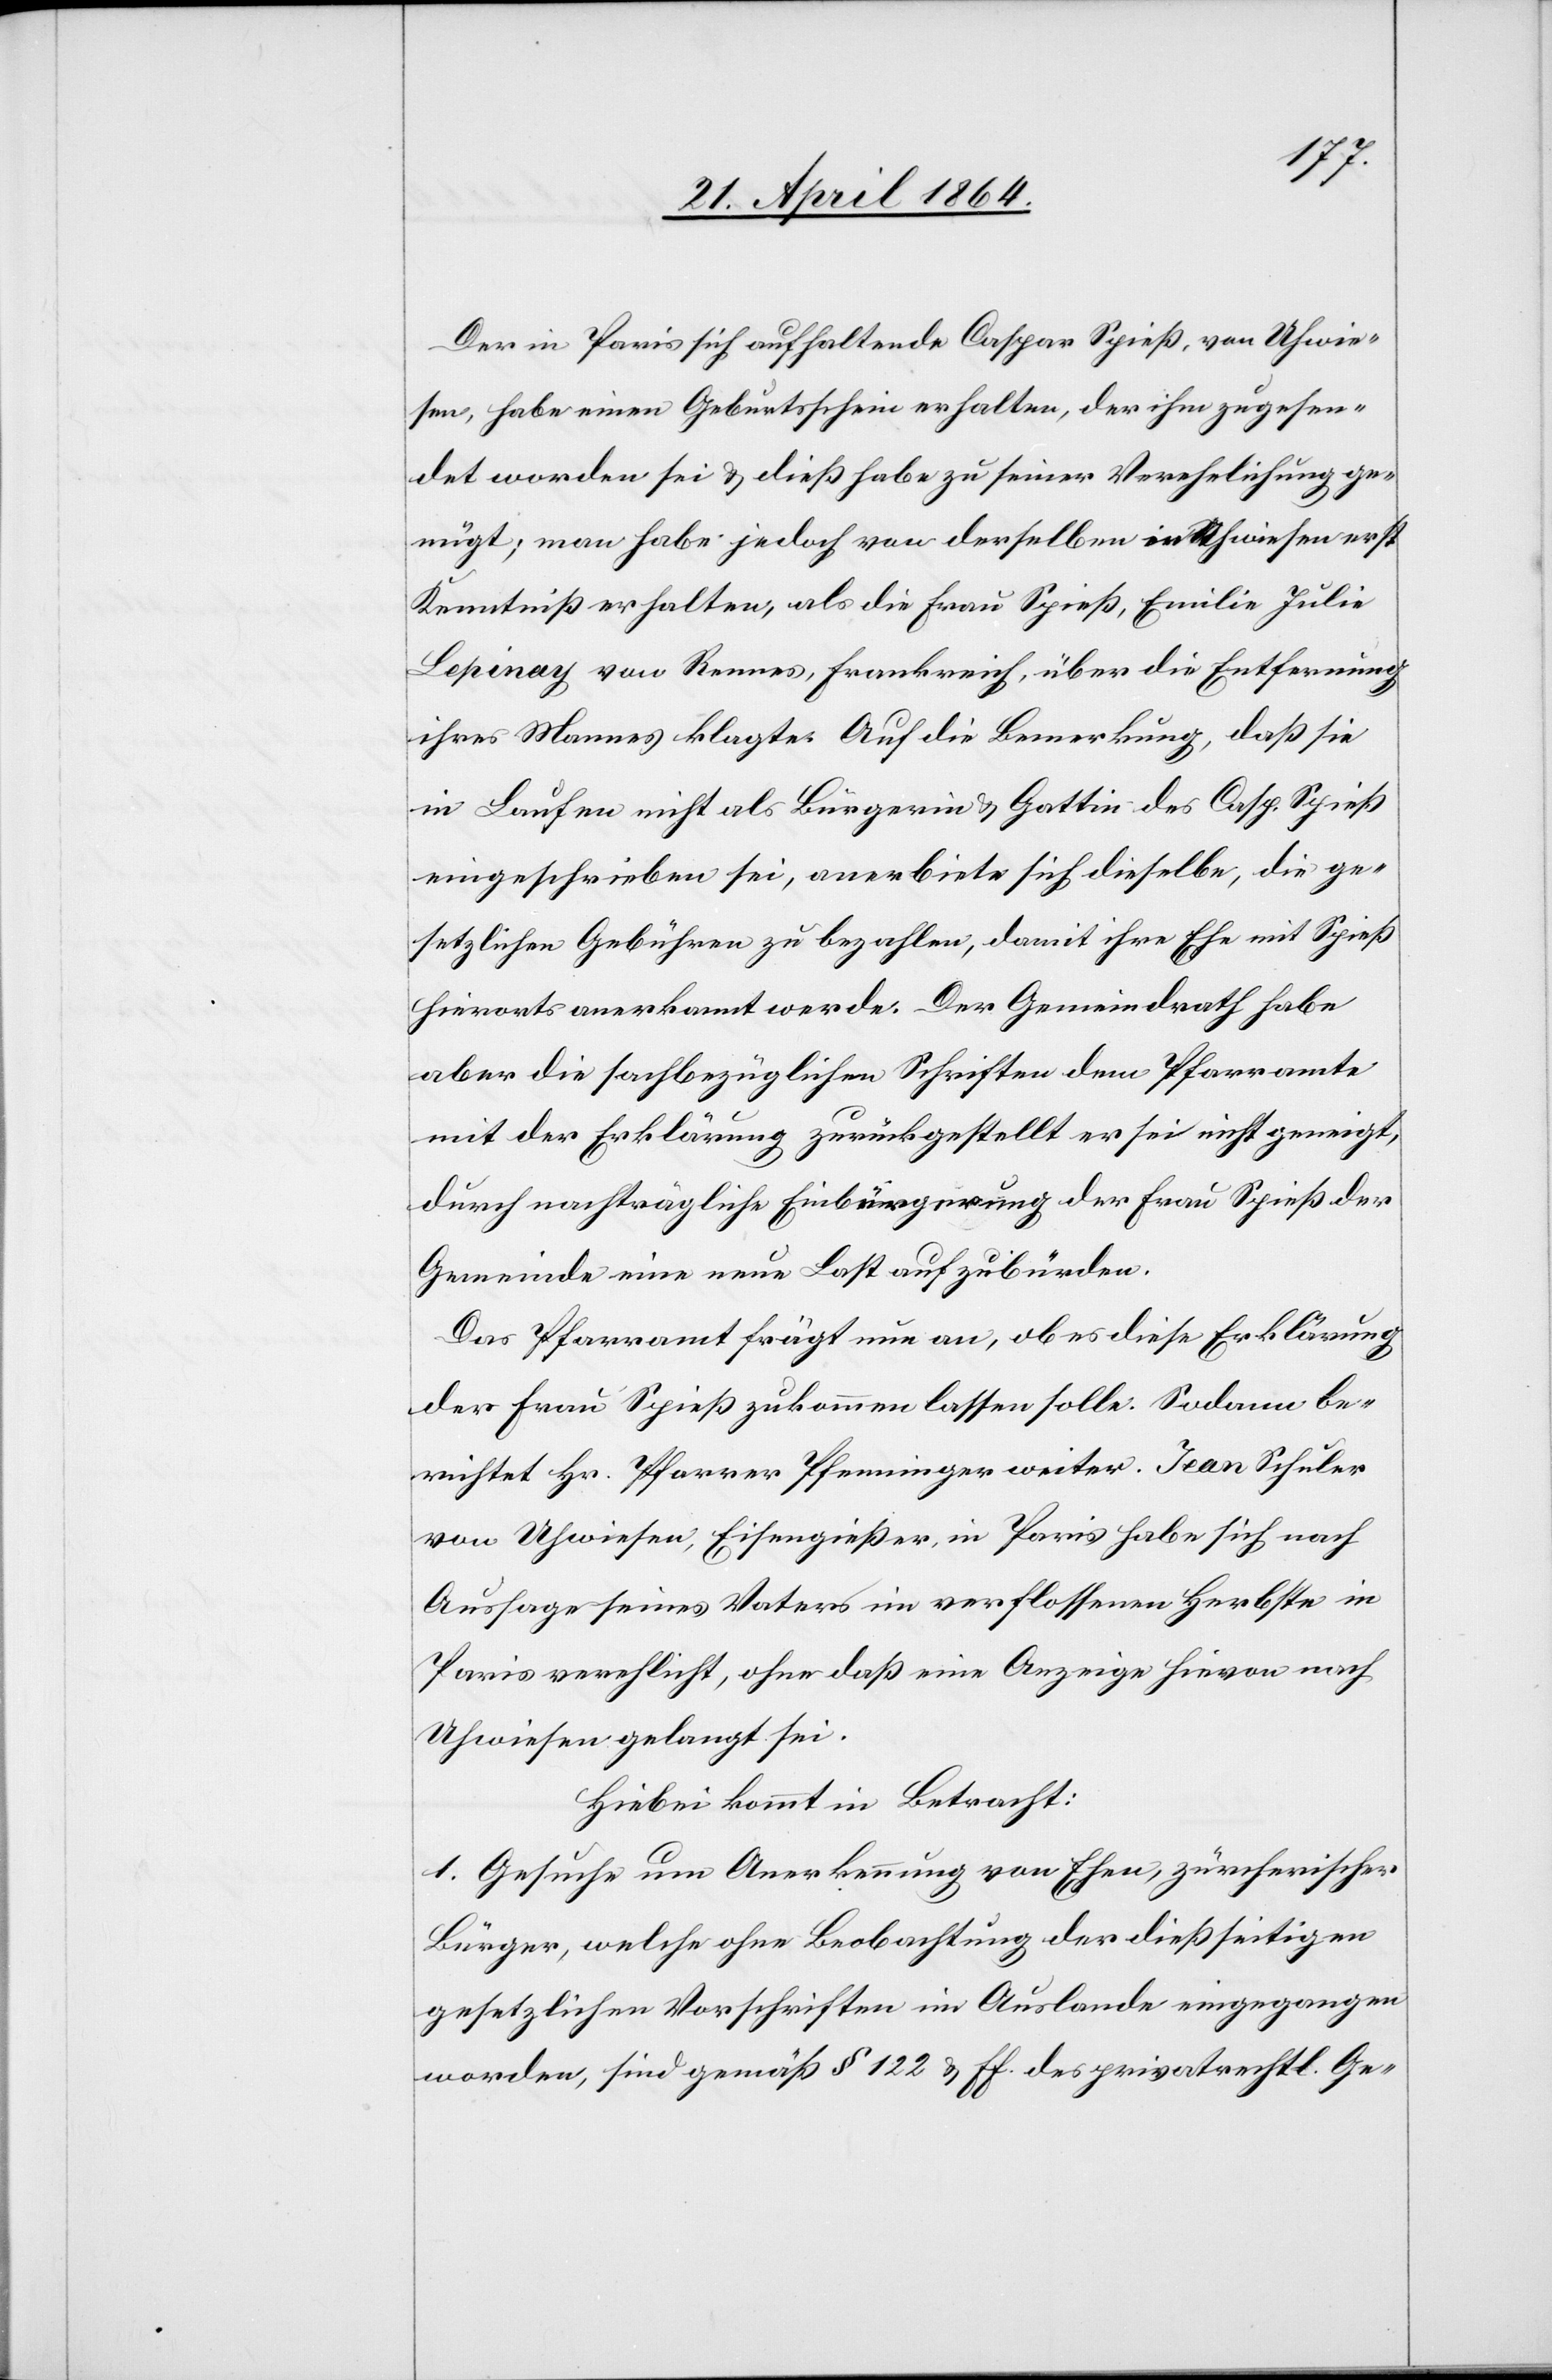
Der in Paris sich aufhaltende Caspar Spieß, von Uhwie¬
sen, habe einen Geburtsschein erhalten, der ihm zugesen¬
det worden sei u. dieß habe zu seiner Verehelichung ge¬
nügt; man habe jedoch von derselben in Uhwiesen erst
Kenntniß erhalten, als die Frau Spieß, Emilie Julie
Lepinay von Rennes, Frankreich, über die Entfernung
ihres Mannes klagte. Auf die Bemerkung, daß sie
in Laufen nicht als Bürgerin u. Gattin des Casp. Spieß
eingeschrieben sei, anerbiete sich dieselbe, die ge¬
setzlichen Gebühren zu bezahlen, damit ihre Ehe mit Spieß
hierorts anerkannt werde. Der Gemeindrath habe
aber die sachbezüglichen Schriften dem Pfarramte
mit der Erklärung zurückgestellt er sei nicht geneigt,
durch nachträgliche Einbürgerung der Frau Spieß der
Gemeinde eine neue Last aufzubürden.
Das Pfarramt frägt nun an, ob es diese Erklärung
der Frau Spieß zukommen lassen solle. Sodann be¬
richtet Hr. Pfarrer Pfenniger weiter. Jean Schuler
von Uhwiesen, Eisengießer, in Paris habe sich nach
Aussage seines Vaters im verflossenen Herbste in
Paris verehelicht, ohne daß eine Anzeige hievon nach
Uhwiesen gelangt sei.
Hiebei kommt in Betracht:
1. Gesuche um Anerkennung von Ehen, zürcherischer
Bürger, welche ohne Beobachtung der dießseitigen
gesetzlichen Vorschriften im Auslande eingegangen
worden, sind gemäß § 122 u. ff. des privatrechtl. Ge-